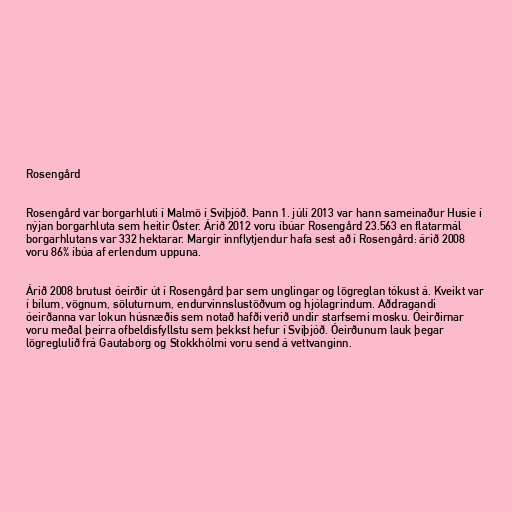
Rosengård

Rosengård var borgarhluti í Malmö í Svíþjóð. Þann 1. júlí 2013 var hann sameinaður Husie í
nýjan borgarhluta sem heitir Öster. Árið 2012 voru íbúar Rosengård 23.563 en flatarmál
borgarhlutans var 332 hektarar. Margir innflytjendur hafa sest að í Rosengård: árið 2008
voru 86% íbúa af erlendum uppuna.

Árið 2008 brutust óeirðir út í Rosengård þar sem unglingar og lögreglan tókust á. Kveikt var
í bílum, vögnum, söluturnum, endurvinnslustöðvum og hjólagrindum. Aðdragandi
óeirðanna var lokun húsnæðis sem notað hafði verið undir starfsemi mosku. Óeirðirnar
voru meðal þeirra ofbeldisfyllstu sem þekkst hefur í Svíþjóð. Óeirðunum lauk þegar
lögreglulið frá Gautaborg og Stokkhólmi voru send á vettvanginn.